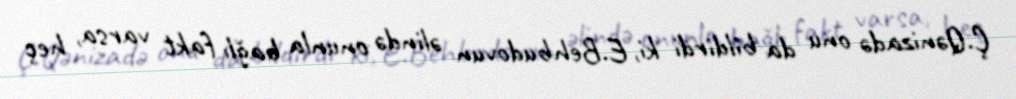
Ç.Qənizadə onu da bildirdi ki, E.Behbudovun əlində onunla bağlı fakt varsa, heç